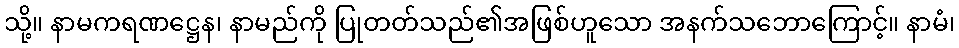
သို့။ နာမကရဏဋ္ဌေန၊ နာမည်ကို ပြုတတ်သည်၏အဖြစ်ဟူသော အနက်သဘောကြောင့်။ နာမံ၊